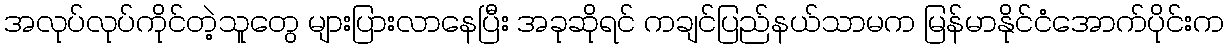
အလုပ်လုပ်ကိုင်တဲ့သူတွေ များပြားလာနေပြီး အခုဆိုရင် ကချင်ပြည်နယ်သာမက မြန်မာနိုင်ငံအောက်ပိုင်းက